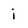
Character: i